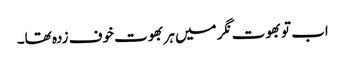
اب تو بھوت نگر میں ہر بھوت خوف زدہ تھا۔